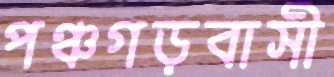
পঞ্চগড়বাসী